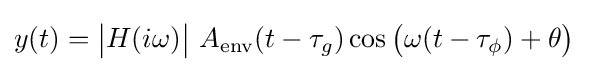
y(t)={\big |}H(i\omega ){\big |}\ A_{\text{env}}(t-\tau _{g})\cos {\big (}\omega (t-\tau _{\phi })+\theta {\big )}\;